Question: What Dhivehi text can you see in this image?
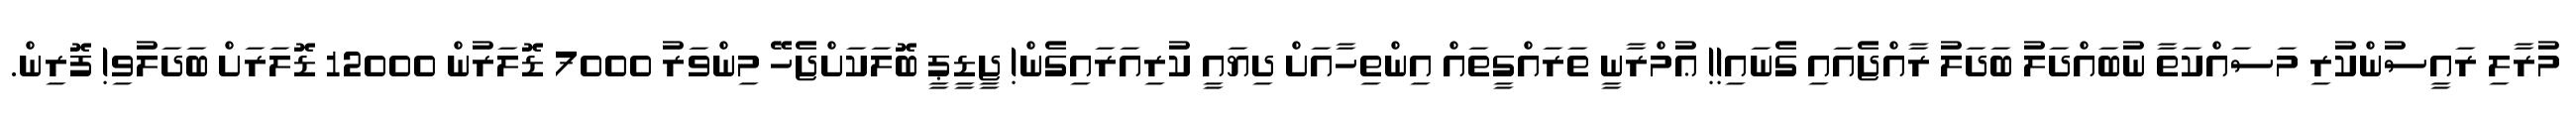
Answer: މުރާލި ރައީސުންކުރި މަސައްކަތާ ނުބައްދަލު ބަދަލު ރާއްޖެއައި ގެނައި!! ޢުމްރާނީ ތަރައްގީތައް އިންތިހާއަށް ދިޔައީ ކުރިއަރައިގެން! ޖީޑީޕީ ބޮލަކަށްޖެހޭ މިންވަރު 7000 ޑޮލަރުން 12000 ޑޮލަރަށް ބަދަލުވި! ފޮރިން.